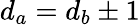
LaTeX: d_{a}=d_{b}\pm 1